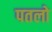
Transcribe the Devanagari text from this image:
पतलो